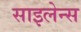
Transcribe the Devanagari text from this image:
साइलेन्स